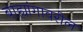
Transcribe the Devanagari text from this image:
बाह्यांगावरील